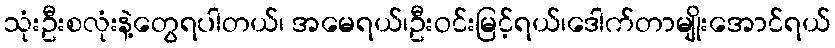
သုံးဦးစလုံးနဲ့တွေရပါတယ်၊ အမေရယ်၊ဦးဝင်းမြင့်ရယ်၊ဒေါက်တာမျိုးအောင်ရယ်